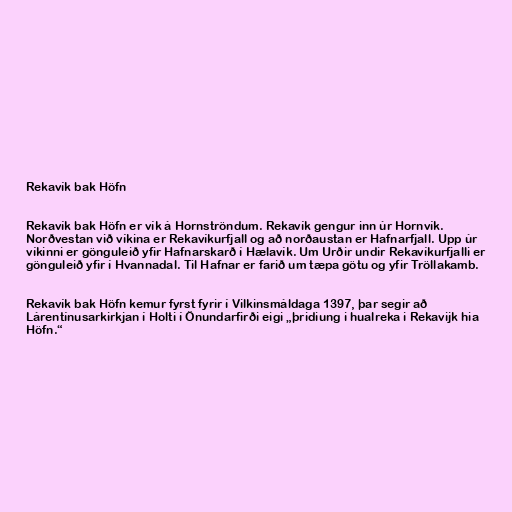
Rekavík bak Höfn

Rekavík bak Höfn er vík á Hornströndum. Rekavík gengur inn úr Hornvík.
Norðvestan við víkina er Rekavíkurfjall og að norðaustan er Hafnarfjall. Upp úr
víkinni er gönguleið yfir Hafnarskarð í Hælavík. Um Urðir undir Rekavíkurfjalli er
gönguleið yfir í Hvannadal. Til Hafnar er farið um tæpa götu og yfir Tröllakamb.

Rekavík bak Höfn kemur fyrst fyrir í Vilkinsmáldaga 1397, þar segir að
Lárentínusarkirkjan í Holti í Önundarfirði eigi „þridiung i hualreka i Rekavijk hia
Höfn.“